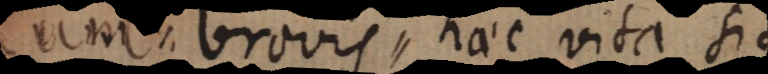
um brevis haec vita sit,